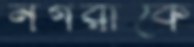
নগরীকে